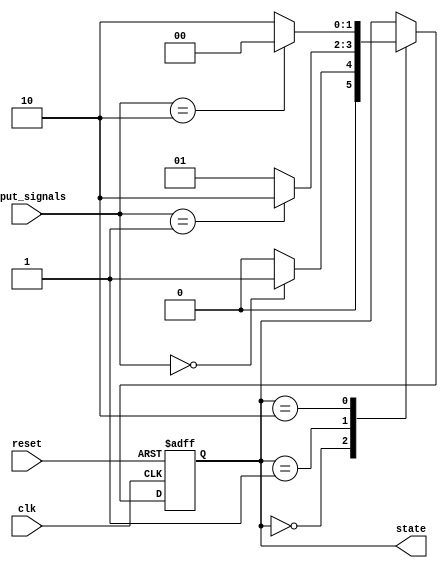
module state_machine (
    input reset,
    input clk,
    input [1:0] input_signals,
    output reg [1:0] state
);

parameter STATE_0 = 2'b00;
parameter STATE_1 = 2'b01;
parameter STATE_2 = 2'b10;

always @(posedge clk or posedge reset) begin
    if (reset) begin
        state <= STATE_0;
    end else begin
        case (state)
            STATE_0: begin
                if (input_signals == 2'b00)
                    state <= STATE_1;
                else
                    state <= STATE_0;
            end
            STATE_1: begin
                if (input_signals == 2'b01)
                    state <= STATE_2;
                else
                    state <= STATE_1;
            end
            STATE_2: begin
                if (input_signals == 2'b10)
                    state <= STATE_0;
                else
                    state <= STATE_2;
            end
        endcase
    end
end

endmodule